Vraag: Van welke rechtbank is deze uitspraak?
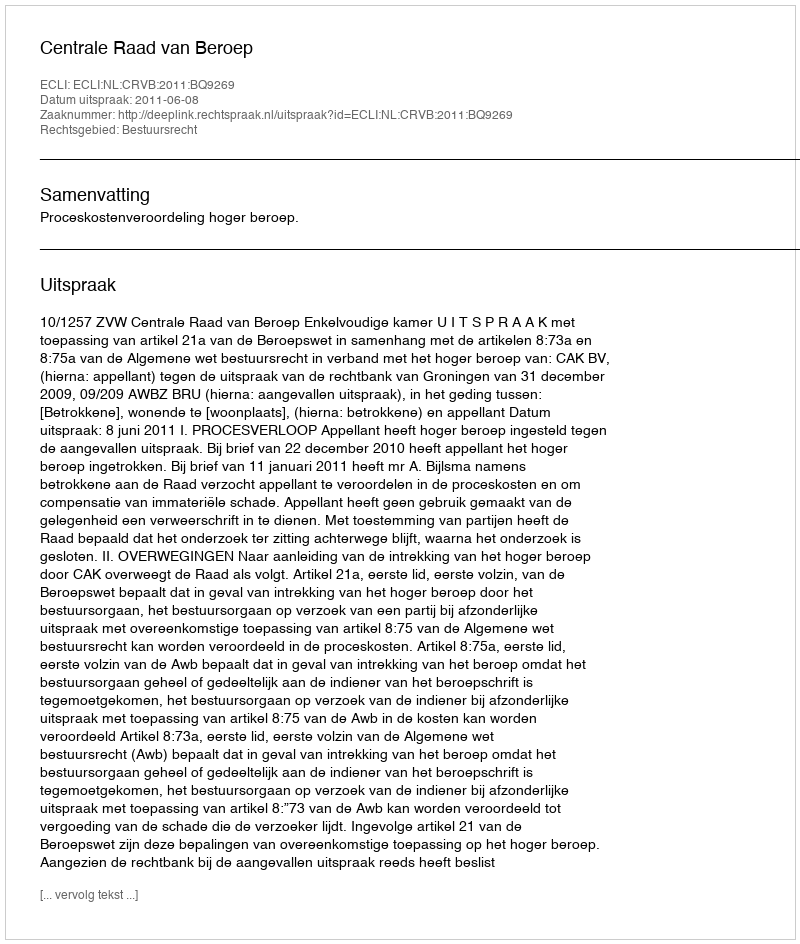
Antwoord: Centrale Raad van Beroep